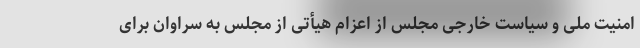
امنیت ملی و سیاست خارجی مجلس از اعزام هیأتی از مجلس به سراوان برای